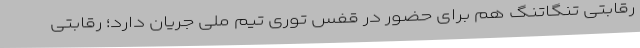
رقابتی تنگاتنگ هم برای حضور در قفس توری تیم ملی جریان دارد؛ رقابتی